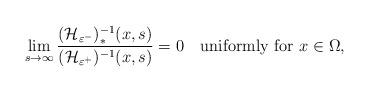
LaTeX: \begin{align*}\lim_{s\to\infty}\frac{(\mathcal H_{\varepsilon^-})_*^{-1}(x,s)}{(\mathcal H_{\varepsilon^+})^{-1}(x,s)}=0\quad\mbox{uniformly for }x\in\Omega,\end{align*}